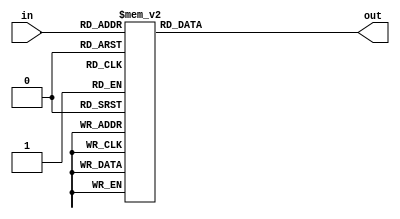
//////////////////////////////////////////////////////////////////////////////////////////
// Design Name: BCD to Excess 3 converter
// Refence : DIgital Design 5th Edition by Morrios Mano & MIcheal Ciletti (pg 132- pg 133)
//////////////////////////////////////////////////////////////////////////////////////////
`timescale 1ns / 1ps


module BCD_Excess_3(in, out);

    input  wire [3:0] in;
    output reg  [3:0] out; // change the output data type to reg to use case statements
                           // change the output data type to wire to use assign statements

    always@(*)
        begin
            case(in)
                4'h0 : out <= 4'h3;
                4'h1 : out <= 4'h4;
                4'h2 : out <= 4'h5;
                4'h3 : out <= 4'h6;
                4'h4 : out <= 4'h7;
                4'h5 : out <= 4'h8;
                4'h6 : out <= 4'h9;
                4'h7 : out <= 4'hA;
                4'h8 : out <= 4'hB;
                4'h9 : out <= 4'hC;
                default : out <= 4'h0;
            endcase
        end

//    assign out[0] = ~in[0];
//    assign out[1] = (in[0] & in[1]) | (~(in[0] | in[1]));
//    assign out[2] = (in[2] ^ (in[1] | in[0]));
//    assign out[3] = in[3] | (in[2] & (in[1] | in[0]));

endmodule